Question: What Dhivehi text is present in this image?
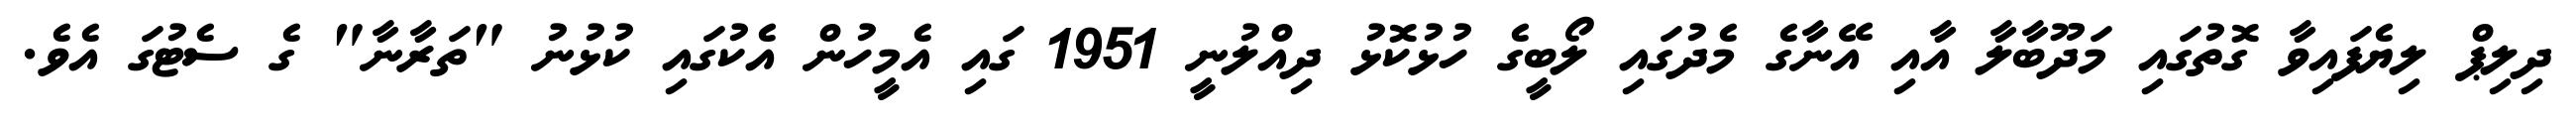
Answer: ދިލިޕް ލިޔެފައިވާ ގޮތުގައި މަދޫބާލާ އާއި އޭނާގެ މެދުގައި ލޯބީގެ ހުޅުކޮޅު ދިއްލުނީ 1951 ގައި އެމީހުން އެކުގައި ކުޅުނު "ތަރާނާ" ގެ ސެޓުގަ އެވެ.